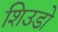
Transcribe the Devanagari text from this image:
शिउडो